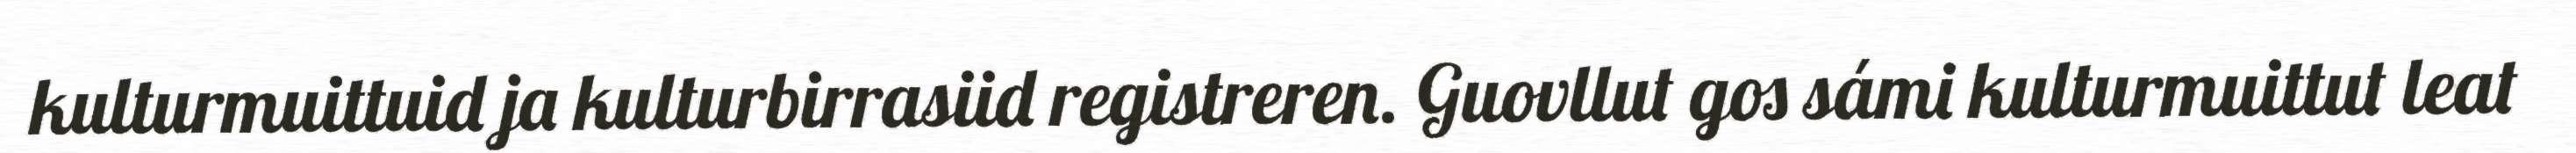
kulturmuittuid ja kulturbirrasiid registreren. Guovllut gos sámi kulturmuittut leat